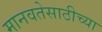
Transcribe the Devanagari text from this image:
मानवतेसाठीच्या